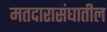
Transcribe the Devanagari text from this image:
मतदारासंघातील